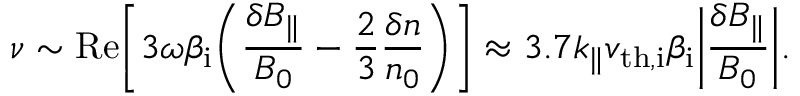
\nu \sim \mathrm { R e } \biggl [ 3 \omega \beta _ { \mathrm { i } } \biggl ( \frac { \delta B _ { \parallel } } { B _ { 0 } } - \frac { 2 } { 3 } \frac { \delta n } { n _ { 0 } } \biggr ) \biggr ] \approx 3 . 7 k _ { \parallel } v _ { \mathrm { t h , i } } \beta _ { \mathrm { i } } \biggl | \frac { \delta B _ { \parallel } } { B _ { 0 } } \biggr | .